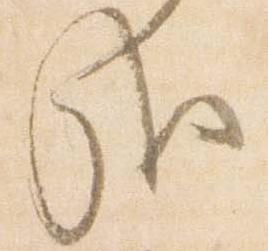
哉